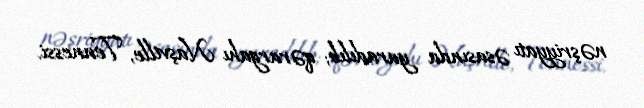
nəşriyyatı əsasında yaradılıb; qərargahı Naşville, Tennessi.